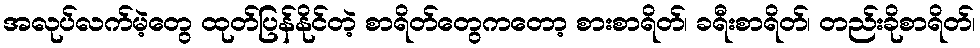
အလုပ်လက်မဲ့တွေ ထုတ်ပြန်နိုင်တဲ့ စာရိတ်တွေကတော့ စားစာရိတ်၊ ခရီးစာရိတ်၊ တည်းခိုစာရိတ်၊